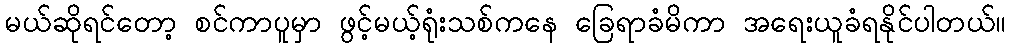
မယ်ဆိုရင်တော့ စင်ကာပူမှာ ဖွင့်မယ့်ရုံးသစ်ကနေ ခြေရာခံမိကာ အရေးယူခံရနိုင်ပါတယ်။